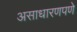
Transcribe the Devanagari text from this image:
असाधारणपणे